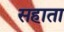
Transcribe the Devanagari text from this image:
सहाता